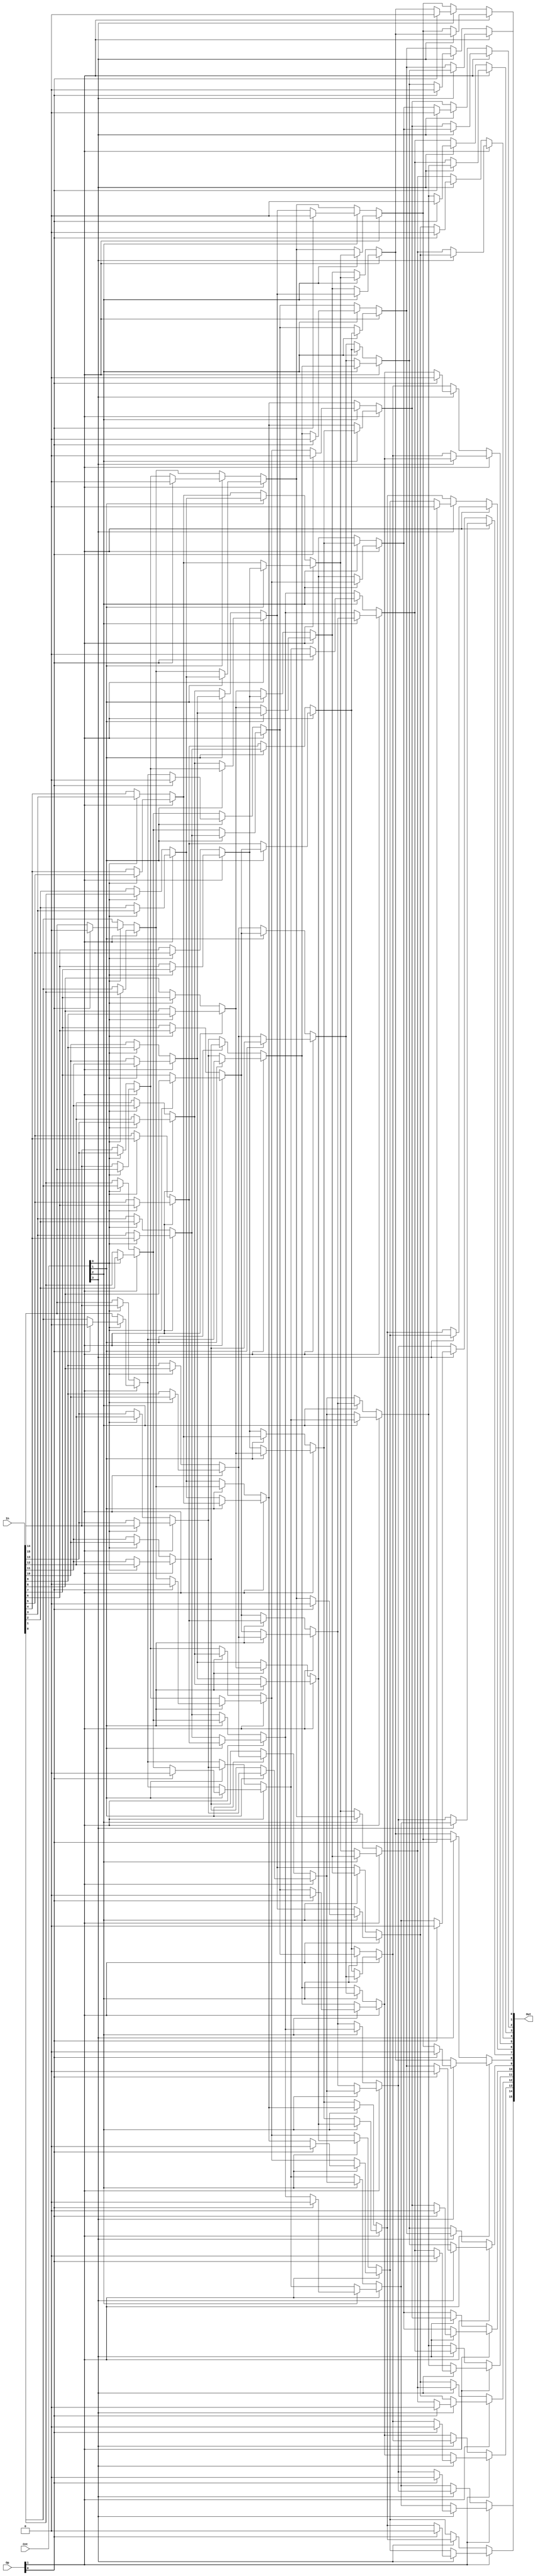
module shifter (In, Cnt, Op, Out);
   
   input [15:0] In;
   input [3:0]  Cnt;
   input [1:0]  Op;
   output [15:0] Out;
   wire [15:0] In_1, In_2, In_4;

   assign In_1[15] = Op[1] ? (Cnt[0] ? (Op[0] ? 1'b0 : In[0]) : In[15]) : (Cnt[0] ? In[14] : In[15]);
   assign In_1[14] = Op[1] ? (Cnt[0] ? In[15] : In[14]) : (Cnt[0] ? In[13] : In[14]);
   assign In_1[13] = Op[1] ? (Cnt[0] ? In[14] : In[13]) : (Cnt[0] ? In[12] : In[13]);
   assign In_1[12] = Op[1] ? (Cnt[0] ? In[13] : In[12]) : (Cnt[0] ? In[11] : In[12]);
   assign In_1[11] = Op[1] ? (Cnt[0] ? In[12] : In[11]) : (Cnt[0] ? In[10] : In[11]);
   assign In_1[10] = Op[1] ? (Cnt[0] ? In[11] : In[10]) : (Cnt[0] ? In[9] : In[10]);
   assign In_1[9] = Op[1] ? (Cnt[0] ? In[10] : In[9]) : (Cnt[0] ? In[8] : In[9]);
   assign In_1[8] = Op[1] ? (Cnt[0] ? In[9] : In[8]) : (Cnt[0] ? In[7] : In[8]);
   assign In_1[7] = Op[1] ? (Cnt[0] ? In[8] : In[7]) : (Cnt[0] ? In[6] : In[7]);
   assign In_1[6] = Op[1] ? (Cnt[0] ? In[7] : In[6]) : (Cnt[0] ? In[5] : In[6]);
   assign In_1[5] = Op[1] ? (Cnt[0] ? In[6] : In[5]) : (Cnt[0] ? In[4] : In[5]);
   assign In_1[4] = Op[1] ? (Cnt[0] ? In[5] : In[4]) : (Cnt[0] ? In[3] : In[4]);
   assign In_1[3] = Op[1] ? (Cnt[0] ? In[4] : In[3]) : (Cnt[0] ? In[2] : In[3]);
   assign In_1[2] = Op[1] ? (Cnt[0] ? In[3] : In[2]) : (Cnt[0] ? In[1] : In[2]);
   assign In_1[1] = Op[1] ? (Cnt[0] ? In[2] : In[1]) : (Cnt[0] ? In[0] : In[1]);
   assign In_1[0] = Op[1] ? (Cnt[0] ? In[1] : In[0]) : (Cnt[0] ? (Op[0] ? 0 : In[15]) : In[0]);

   // shift by 2
   assign In_2[15] = Op[1] ? (Cnt[1] ? (Op[0] ? 1'b0 : In_1[1]) : In_1[15]) : (Cnt[1] ? In_1[13] : In_1[15]);
   assign In_2[14] = Op[1] ? (Cnt[1] ? (Op[0] ? 1'b0 : In_1[0]) : In_1[14]) : (Cnt[1] ? In_1[12] : In_1[14]);
   assign In_2[13] = Op[1] ? (Cnt[1] ? In_1[15] : In_1[13]) : (Cnt[1] ? In_1[11] : In_1[13]);
   assign In_2[12] = Op[1] ? (Cnt[1] ? In_1[14] : In_1[12]) : (Cnt[1] ? In_1[10] : In_1[12]);
   assign In_2[11] = Op[1] ? (Cnt[1] ? In_1[13] : In_1[11]) : (Cnt[1] ? In_1[9] : In_1[11]);
   assign In_2[10] = Op[1] ? (Cnt[1] ? In_1[12] : In_1[10]) : (Cnt[1] ? In_1[8] : In_1[10]);
   assign In_2[9] = Op[1] ? (Cnt[1] ? In_1[11] : In_1[9]) : (Cnt[1] ? In_1[7] : In_1[9]);
   assign In_2[8] = Op[1] ? (Cnt[1] ? In_1[10] : In_1[8]) : (Cnt[1] ? In_1[6] : In_1[8]);
   assign In_2[7] = Op[1] ? (Cnt[1] ? In_1[9] : In_1[7]) : (Cnt[1] ? In_1[5] : In_1[7]);
   assign In_2[6] = Op[1] ? (Cnt[1] ? In_1[8] : In_1[6]) : (Cnt[1] ? In_1[4] : In_1[6]);
   assign In_2[5] = Op[1] ? (Cnt[1] ? In_1[7] : In_1[5]) : (Cnt[1] ? In_1[3] : In_1[5]);
   assign In_2[4] = Op[1] ? (Cnt[1] ? In_1[6] : In_1[4]) : (Cnt[1] ? In_1[2] : In_1[4]);
   assign In_2[3] = Op[1] ? (Cnt[1] ? In_1[5] : In_1[3]) : (Cnt[1] ? In_1[1] : In_1[3]);
   assign In_2[2] = Op[1] ? (Cnt[1] ? In_1[4] : In_1[2]) : (Cnt[1] ? In_1[0] : In_1[2]);
   assign In_2[1] = Op[1] ? (Cnt[1] ? In_1[3] : In_1[1]) : (Cnt[1] ? (Op[0] ? 0 : In_1[15]) : In_1[1]);
   assign In_2[0] = Op[1] ? (Cnt[1] ? In_1[2] : In_1[0]) : (Cnt[1] ? (Op[0] ? 0 : In_1[14]) : In_1[0]);

   // shift by 4
   assign In_4[15] = Op[1] ? (Cnt[2] ? (Op[0] ? 1'b0 : In_2[3]) : In_2[15]) : (Cnt[2] ? In_2[11] : In_2[15]);
   assign In_4[14] = Op[1] ? (Cnt[2] ? (Op[0] ? 1'b0 : In_2[2]) : In_2[14]) : (Cnt[2] ? In_2[10] : In_2[14]);
   assign In_4[13] = Op[1] ? (Cnt[2] ? (Op[0] ? 1'b0 : In_2[1]) : In_2[13]) : (Cnt[2] ? In_2[9] : In_2[13]);
   assign In_4[12] = Op[1] ? (Cnt[2] ? (Op[0] ? 1'b0 : In_2[0]) : In_2[12]) : (Cnt[2] ? In_2[8] : In_2[12]);
   assign In_4[11] = Op[1] ? (Cnt[2] ? In_2[15] : In_2[11]) : (Cnt[2] ? In_2[7] : In_2[11]);
   assign In_4[10] = Op[1] ? (Cnt[2] ? In_2[14] : In_2[10]) : (Cnt[2] ? In_2[6] : In_2[10]);
   assign In_4[9] = Op[1] ? (Cnt[2] ? In_2[13] : In_2[9]) : (Cnt[2] ? In_2[5] : In_2[9]);
   assign In_4[8] = Op[1] ? (Cnt[2] ? In_2[12] : In_2[8]) : (Cnt[2] ? In_2[4] : In_2[8]);
   assign In_4[7] = Op[1] ? (Cnt[2] ? In_2[11] : In_2[7]) : (Cnt[2] ? In_2[3] : In_2[7]);
   assign In_4[6] = Op[1] ? (Cnt[2] ? In_2[10] : In_2[6]) : (Cnt[2] ? In_2[2] : In_2[6]);
   assign In_4[5] = Op[1] ? (Cnt[2] ? In_2[9] : In_2[5]) : (Cnt[2] ? In_2[1] : In_2[5]);
   assign In_4[4] = Op[1] ? (Cnt[2] ? In_2[8] : In_2[4]) : (Cnt[2] ? In_2[0] : In_2[4]);
   assign In_4[3] = Op[1] ? (Cnt[2] ? In_2[7] : In_2[3]) : (Cnt[2] ? (Op[0] ? 0 : In_2[15]) : In_2[3]);
   assign In_4[2] = Op[1] ? (Cnt[2] ? In_2[6] : In_2[2]) : (Cnt[2] ? (Op[0] ? 0 : In_2[14]) : In_2[2]);
   assign In_4[1] = Op[1] ? (Cnt[2] ? In_2[5] : In_2[1]) : (Cnt[2] ? (Op[0] ? 0 : In_2[13]) : In_2[1]);
   assign In_4[0] = Op[1] ? (Cnt[2] ? In_2[4] : In_2[0]) : (Cnt[2] ? (Op[0] ? 0 : In_2[12]) : In_2[0]);

   // shift by 8
   assign Out[15] = Op[1] ? (Cnt[3] ? (Op[0] ? 1'b0 : In_4[7]) : In_4[15]) : (Cnt[3] ? In_4[7] : In_4[15]);
   assign Out[14] = Op[1] ? (Cnt[3] ? (Op[0] ? 1'b0 : In_4[6]) : In_4[14]) : (Cnt[3] ? In_4[6] : In_4[14]);
   assign Out[13] = Op[1] ? (Cnt[3] ? (Op[0] ? 1'b0 : In_4[5]) : In_4[13]) : (Cnt[3] ? In_4[5] : In_4[13]);
   assign Out[12] = Op[1] ? (Cnt[3] ? (Op[0] ? 1'b0 : In_4[4]) : In_4[12]) : (Cnt[3] ? In_4[4] : In_4[12]);
   assign Out[11] = Op[1] ? (Cnt[3] ? (Op[0] ? 1'b0 : In_4[3]) : In_4[11]) : (Cnt[3] ? In_4[3] : In_4[11]);
   assign Out[10] = Op[1] ? (Cnt[3] ? (Op[0] ? 1'b0 : In_4[2]) : In_4[10]) : (Cnt[3] ? In_4[2] : In_4[10]);
   assign Out[9] = Op[1] ? (Cnt[3] ? (Op[0] ? 1'b0 : In_4[1]) : In_4[9]) : (Cnt[3] ? In_4[1] : In_4[9]);
   assign Out[8] = Op[1] ? (Cnt[3] ? (Op[0] ? 1'b0 : In_4[0]) : In_4[8]) : (Cnt[3] ? In_4[0] : In_4[8]);
   assign Out[7] = Op[1] ? (Cnt[3] ? In_4[15] : In_4[7]) : (Cnt[3] ? (Op[0] ? 0 : In_4[15]) : In_4[7]);
   assign Out[6] = Op[1] ? (Cnt[3] ? In_4[14] : In_4[6]) : (Cnt[3] ? (Op[0] ? 0 : In_4[14]) : In_4[6]);
   assign Out[5] = Op[1] ? (Cnt[3] ? In_4[13] : In_4[5]) : (Cnt[3] ? (Op[0] ? 0 : In_4[13]) : In_4[5]);
   assign Out[4] = Op[1] ? (Cnt[3] ? In_4[12] : In_4[4]) : (Cnt[3] ? (Op[0] ? 0 : In_4[12]) : In_4[4]);
   assign Out[3] = Op[1] ? (Cnt[3] ? In_4[11] : In_4[3]) : (Cnt[3] ? (Op[0] ? 0 : In_4[11]) : In_4[3]);
   assign Out[2] = Op[1] ? (Cnt[3] ? In_4[10] : In_4[2]) : (Cnt[3] ? (Op[0] ? 0 : In_4[10]) : In_4[2]);
   assign Out[1] = Op[1] ? (Cnt[3] ? In_4[9] : In_4[1]) : (Cnt[3] ? (Op[0] ? 0 : In_4[9]) : In_4[1]);
   assign Out[0] = Op[1] ? (Cnt[3] ? In_4[8] : In_4[0]) : (Cnt[3] ? (Op[0] ? 0 : In_4[8]) : In_4[0]);

endmodule